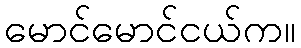
မောင်မောင်ငယ်က။